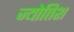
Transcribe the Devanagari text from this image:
ज्योतिश